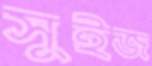
সুইজ